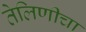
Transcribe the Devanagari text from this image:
तेलिणीचा